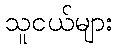
သူငယ်များ